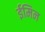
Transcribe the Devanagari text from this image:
ईमिन